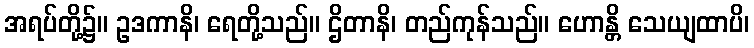
အရပ်တို့၌။ ဥဒကာနိ၊ ရေတို့သည်။ ဌိတာနိ၊ တည်ကုန်သည်။ ဟောန္တိ သေယျထာပိ၊